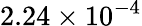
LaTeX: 2.24\times 10^{-4}